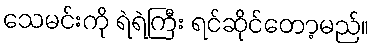
သေမင်းကို ရဲရဲကြီး ရင်ဆိုင်တော့မည်။